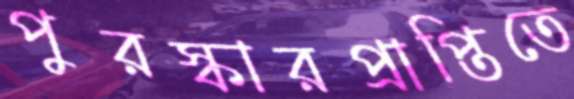
পুরস্কারপ্রাপ্তিতে